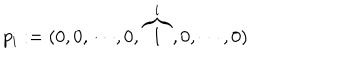
LaTeX: p _ { i } : = ( 0 , 0 , \cdots , 0 , \overbrace { 1 } ^ { i } , 0 , \cdots , 0 )